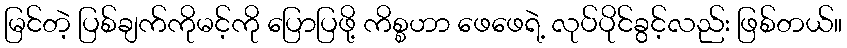
မြင်တဲ့ ပြစ်ချက်ကိုမင့်ကို ပြောပြဖို့ ကိစ္စဟာ ဖေဖေရဲ့ လုပ်ပိုင်ခွင့်လည်း ဖြစ်တယ်။